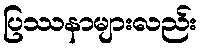
ပြဿနာများလည်း